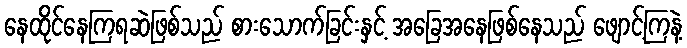
နေထိုင်နေကြရဆဲဖြစ်သည် စားသောက်ခြင်းနှင့် အခြေအနေဖြစ်နေသည် ဖျောင့်ကြနဲ့